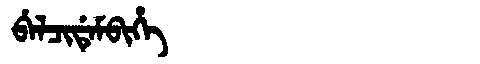
Manchu: ᠪᡝᠯᠴᡳᡩᡝᠮᠪᡳᡥᡝ
Romanization: BELCIDEMBIHE